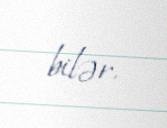
bilər.